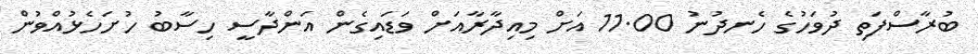
ބުރާސްފަތި ދުވަހުގެ ހެނދުނު 11.00 އަށް މިއިދާރާއަށް ވަޑައިގެން އަންދާސީ ހިސާބު ހުށަހެޅުއްވުން